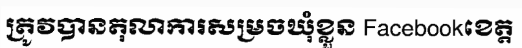
ត្រូវបានតុលាការសម្រចឃុំខ្លួន Facebookខេត្ត